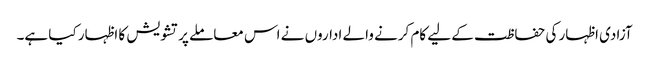
آزادی اظہار کی حفاظت کے لیے کام کرنے والے اداروں نے اس معاملے پر تشویش کا اظہار کیا ہے۔